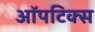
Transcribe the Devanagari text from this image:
ऑपटिक्स